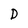
Character: D